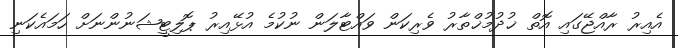
އެއިރު ރާއްޖޭގައި އޮތް ޚުދުމުޚްތާރު ވެރިކަން ވައްޓާލަން ނުކުމެ އުޅޭއިރު ޕޮލިޓީޝަނުންނަށް ހަމައެކަނި